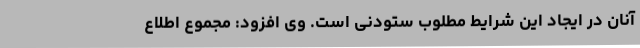
آنان در ایجاد این شرایط مطلوب ستودنی است. وی افزود:‌ مجموع اطلاع